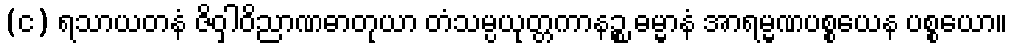
(င) ရသာယတနံ ဇိဝှါဝိညာဏဓာတုယာ တံသမ္ပယုတ္တကာနဉ္စ ဓမ္မာနံ အာရမ္မဏပစ္စယေန ပစ္စယော။